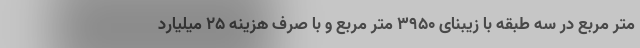
متر مربع در سه طبقه با زیبنای ۳۹۵۰ متر مربع و با صرف هزینه ۲۵ میلیارد